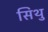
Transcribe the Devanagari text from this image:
सिथु